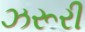
ઝરૂરી